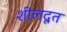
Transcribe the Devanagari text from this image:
शीलदूत